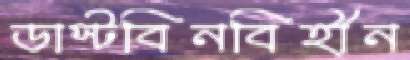
ডাস্টবিনবিহীন